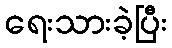
ရေးသားခဲ့ပြီး